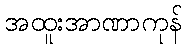
အထူးအာဏာကုန်